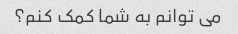
می توانم به شما کمک کنم؟